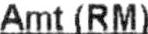
AMT(RM)